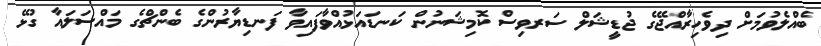
ބެއްލެވުމަށް ދިވެހިރާއްޖޭގެ ޖުޑީޝަލް ސަރވިސް ކޮމިޝަނުން ކަނޑައަޅުއްވާފައިވާ ފަނޑިޔާރުންގެ ބެންޗްގެ މައްސަލައާ ގުޅޭ